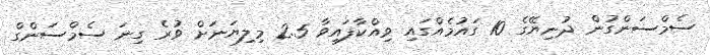
ސެމްސަންގުން ދުނިޔޭގެ 10 ގައުމެއްގައި ވިއްކާފައިވާ 2.5 މިލިޔަނަށް ވުރެ ގިނަ ސެމްސަންގް